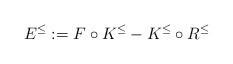
LaTeX: \begin{align*}E^{\leq}:=F\circ K^{\leq} - K^{\leq} \circ R^{\leq}\end{align*}